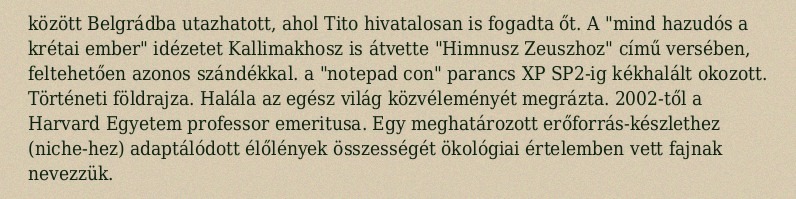
között Belgrádba utazhatott, ahol Tito hivatalosan is fogadta őt. A "mind hazudós a krétai ember" idézetet Kallimakhosz is átvette "Himnusz Zeuszhoz" című versében, feltehetően azonos szándékkal. a "notepad con" parancs XP SP2-ig kékhalált okozott. Történeti földrajza. Halála az egész világ közvéleményét megrázta. 2002-től a Harvard Egyetem professor emeritusa. Egy meghatározott erőforrás-készlethez (niche-hez) adaptálódott élőlények összességét ökológiai értelemben vett fajnak nevezzük.